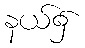
နယ်၌